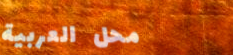
محل العربية